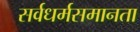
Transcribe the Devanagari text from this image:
सर्वधर्मसमानता